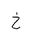
Letter: _kha